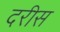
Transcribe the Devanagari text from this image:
दरीस